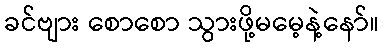
ခင်ဗျား စောစော သွားဖို့မမေ့နဲ့နော်။